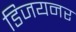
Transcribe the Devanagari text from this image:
डिजयनर